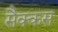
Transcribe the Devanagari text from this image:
सैक्कस